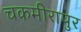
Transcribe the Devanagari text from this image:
चकमीरापुर